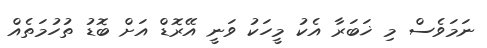
ނަމަވެސް މި ޚަބަރާ އެކު މީހަކު ވަނީ އޭރޮޑް އަށް ބޮޑު ތުހުމަތެއް